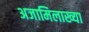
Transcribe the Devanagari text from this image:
अजामिलाख्या